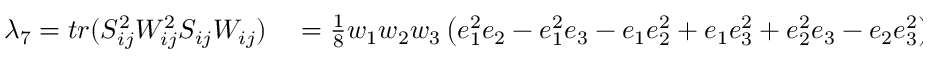
\begin{array} { r l } { \lambda _ { 7 } = t r ( S _ { i j } ^ { 2 } W _ { i j } ^ { 2 } S _ { i j } W _ { i j } ) } & { { } = \frac 1 8 w _ { 1 } w _ { 2 } w _ { 3 } \left( e _ { 1 } ^ { 2 } e _ { 2 } - e _ { 1 } ^ { 2 } e _ { 3 } - e _ { 1 } e _ { 2 } ^ { 2 } + e _ { 1 } e _ { 3 } ^ { 2 } + e _ { 2 } ^ { 2 } e _ { 3 } - e _ { 2 } e _ { 3 } ^ { 2 } \right) } \end{array}